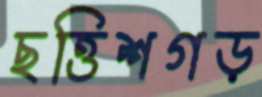
ছত্তিশগড়